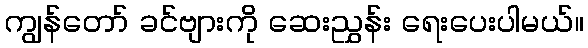
ကျွန်တော် ခင်ဗျားကို ဆေးညွှန်း ရေးပေးပါမယ်။